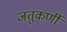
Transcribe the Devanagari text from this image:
जतुकर्णी